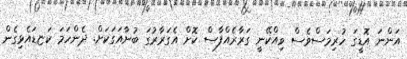
އަންނަ އޮޑީގަ ހުރިމަސްވެސް ވިއްކޭނީ ގަރާރެއްފާސް ކޮށް އެގަރާރުގަ ބުނާއަގަކަށް. ދެންހަމަ ކަޏޑައެޅިގެން